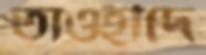
তাওহীদে